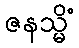
ဇနသ္မိံ